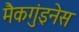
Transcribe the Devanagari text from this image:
मैकगुंइनेस